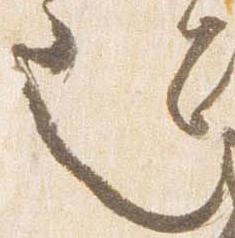
也